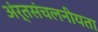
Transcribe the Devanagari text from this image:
अंर्तसंचलनीयता